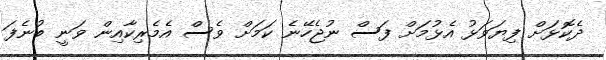
ދެކޮޅަށް ފިޔަވަޅު އެޅުމަށް ފަސް ނުޖެހޭނެ ކަމަށް ވެސް އެމެރިކާއިން ވަނީ ބުނެފަ